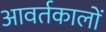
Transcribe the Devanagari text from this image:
आवर्तकालों